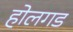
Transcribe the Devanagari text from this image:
होलगड